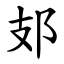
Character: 𨙸